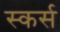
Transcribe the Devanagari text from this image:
स्कर्स